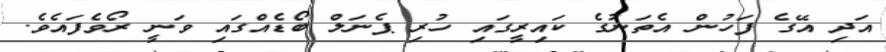
އަދި އޭގެ ފަހުން އެތަނުގެ ކައިރީގައި ހުރި ޕެނަލް ބޯޑެއްގައި ވަނީ ރޯވެފައެވެ.